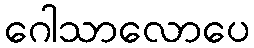
ဂေါသာလောပေ